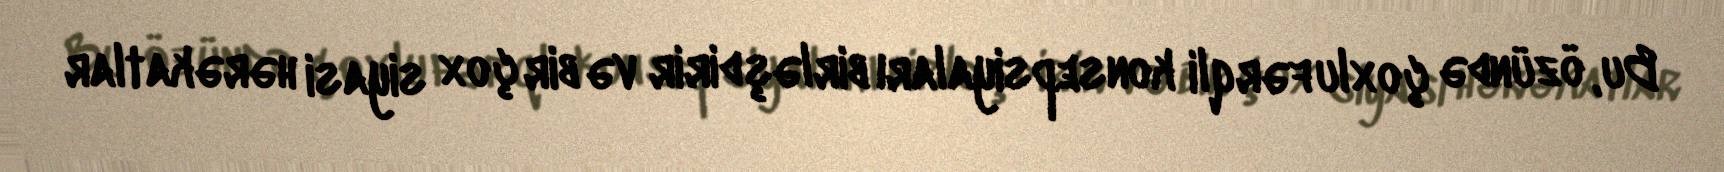
Bu, özündə çoxlu fərqli konsepsiyaları birləşdirir və bir çox siyasi hərəkatlar